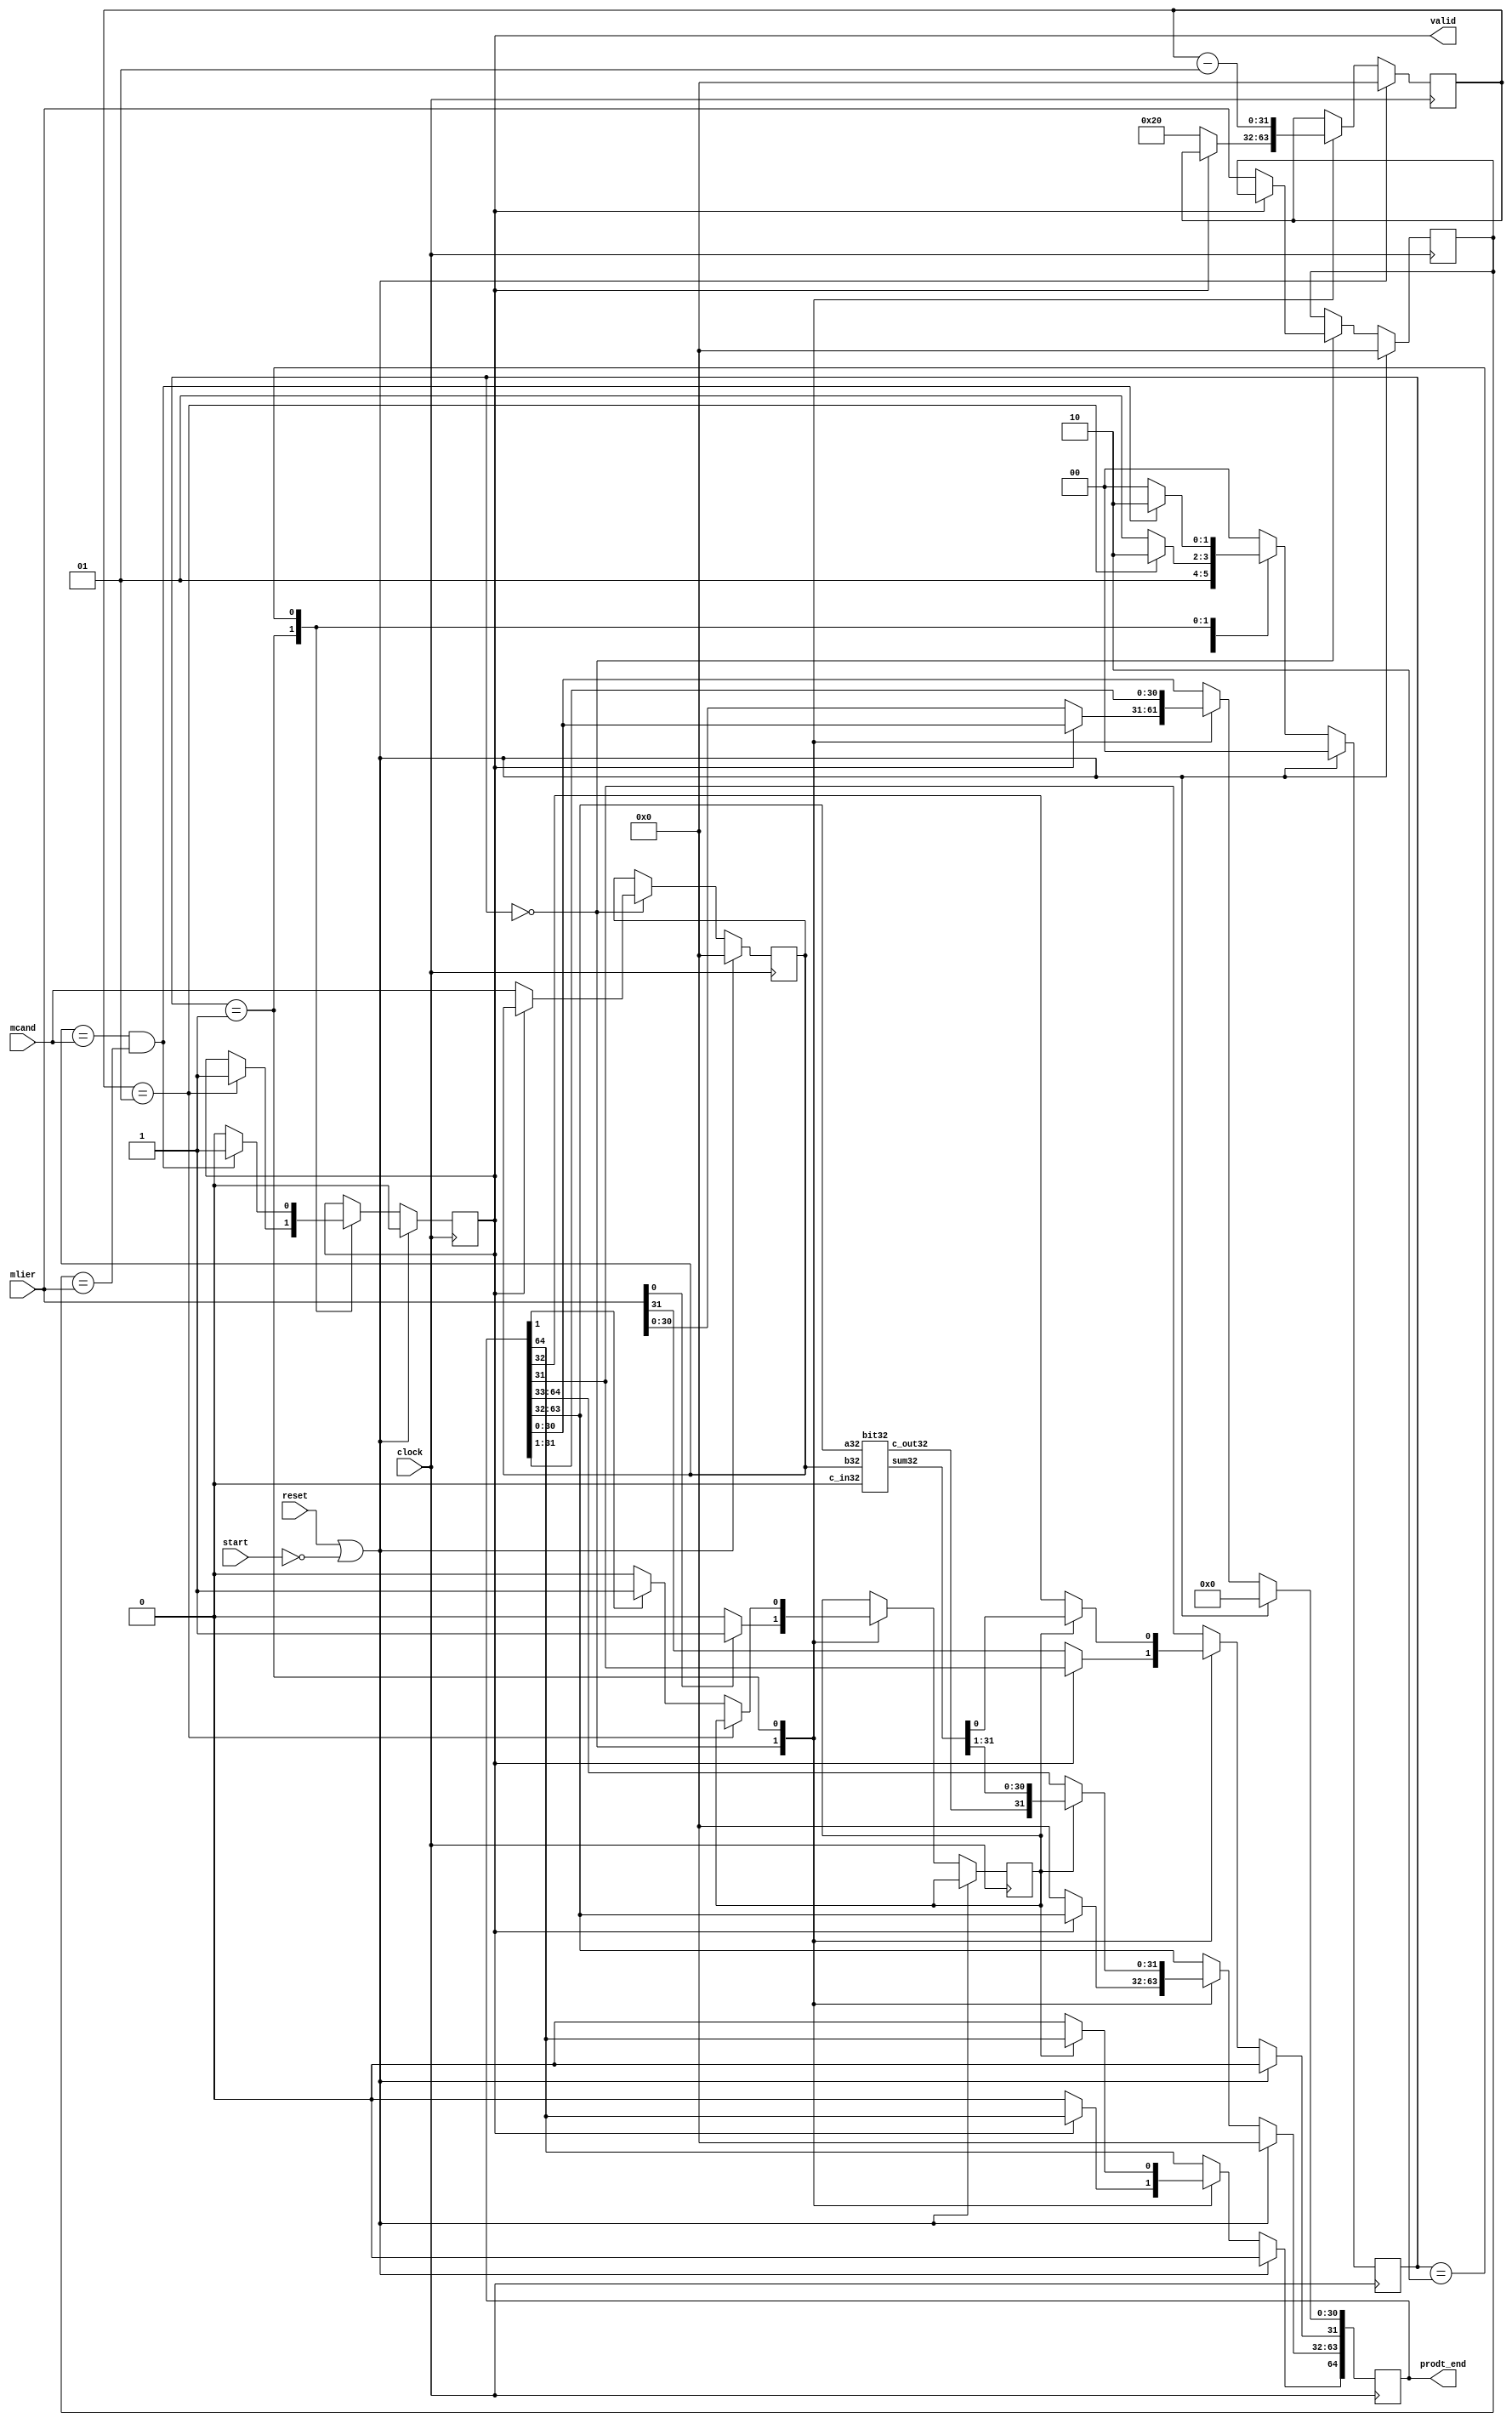
`timescale 1ns/10ps
module seq_adder (clock,start,valid,mlier,mcand,prodt_end,reset);
  input clock,start,reset;
  output valid;
  parameter n=32;
  input [n-1:0] mlier,mcand;
  output [2*n:0] prodt_end;
  reg [2*n:0] prodt_end;
  wire [2*n:0] temp;
  reg [1:0] states;
  reg [n-1:0] a,b;
  reg [n-1:0] register;
  reg c_out,add,shift,valid;
  integer count;
  parameter s0=0,s1=1,s2=2;
  wire [n-1:0] wsum,sumt;
  wire wcout;
  assign sumt=prodt_end[2*n-1:n];
  bit32 Ad32 (sumt[n-1:0],a,wsum,wcout,1'b0);

  assign temp=prodt_end;
  always @(posedge clock)
    begin
      if(reset==1 || start==0)
        begin
                 states<=s0;
                   a<={(n){1'b0}};
                   b<={(n){1'b0}};
                 count<=0;
          prodt_end[2*n:0]<={(2*n+1){1'b0}};
          valid<=0;
        end
      else
        begin
          case (states)

            
            s0: begin
              if (!valid)
                begin
              	prodt_end[2*n:n]<={(n+1){1'b0}};
               	a<=mcand;
               	b<=mlier;
              	count<=n;
              	prodt_end[n-1:0]<=mlier;
                end
              if (mlier[0])
                begin
                states<=s1;
                add<=1;
                  shift<=1;
                  end
              else
                begin
                states<=s1;                
                add<=0;
                  shift<=1;
            end
            end
                  
              s1:begin
                if(add==1)
                  begin
                prodt_end[2*n-1:n-1]<= {wcout,wsum};
                prodt_end[n-2:0]<=temp[n-1:1];
                  end
                else
                  begin
                	prodt_end<={1'b0,temp[2*n:1]};    
                  end
                
                    count<=count-1; 
                
                if (count==1)
                  begin
                  states <= s2;                    
                  valid <=1;
                  end
                else
                  begin
                    if (temp[1])
                    begin
                      states<=s1;
                      add<=1;
                      shift<=1;
                    end
                    else
                      begin
                        states<=s1;
                        add<=0;
                        shift<=1;
                      end
                  end
                
              end
            s2: begin
              if ((a == mcand) && (b==mlier) )
                begin
                  states<=s2;
                  valid<=1;
                end
              else
                begin
                  states<=s0;
                  valid<=0;
                end
            end
                  
              
            default: states<=s0;
          endcase
        end
          
            
       end
endmodule 
/*
module adder8(s,co,a,b,ci);
  input [7:0] a,b;
  output [7:0] s;
  input ci;
  output co;
  assign {co,s}=a+b+ci;
endmodule

*/          
module bit32(a32,b32,sum32,c_out32,c_in32);
  input [31:0] a32,b32;
  input c_in32;
  output [31:0] sum32;
  output c_out32;
  wire [31:0] sum32;
  wire [15:0] s321,s322,s323,s324;
  wire c_out3200,c_out3201,c_out3210,c_out3211;
  wire c_outimm32;
  wire c_out32;
  
  bit16 A321 (s321,c_out3200,a32[15:0],b32[15:0],1'b0);  
  bit16 A322 (s322,c_out3201,a32[15:0],b32[15:0],1'b1);
  bit16 A323 (s323,c_out3210,a32[31:16],b32[31:16],1'b0);
  bit16 A324 (s324,c_out3211,a32[31:16],b32[31:16],1'b1);
  
  assign {c_outimm32, sum32[15:0]} = (~c_in32) ? {c_out3200,s321} : {c_out3201,s322}; 
  assign {c_out32, sum32[31:16]} = (~c_outimm32) ? {c_out3210,s323} : {c_out3211,s324}; 


endmodule

module bit16(sum16,c_out16,a16,b16,c_in16);
  input [15:0] a16,b16;
  input c_in16;
  output [15:0] sum16;
  output c_out16;
  wire [15:0] sum16;
  wire [7:0] s161,s162,s163,s164;
  wire c_out1600,c_out1601,c_out1610,c_out1611;
  wire c_outimm16;
  
  bit8 A161 (s161,c_out1600,a16[7:0],b16[7:0],1'b0);  
  bit8 A162 (s162,c_out1601,a16[7:0],b16[7:0],1'b1);
  bit8 A163 (s163,c_out1610,a16[15:8],b16[15:8],1'b0);
  bit8 A164 (s164,c_out1611,a16[15:8],b16[15:8],1'b1);
  
  assign {c_outimm16, sum16[7:0]} = (~c_in16) ? {c_out1600,s161} : {c_out1601,s162}; 
  assign {c_out16, sum16[15:8]} = (~c_outimm16) ? {c_out1610,s163} : {c_out1611,s164}; 


endmodule

module bit8(sum8,c_out8,a8,b8,c_in8);
  input [7:0] a8,b8;
  input c_in8;
  output [7:0] sum8;
  output c_out8;
  wire [7:0] sum8;
  wire [3:0] s81,s82,s83,s84;
  wire c_out800,c_out801,c_out810,c_out811;
  wire c_outimm8;
  wire c_out8;
  
  bit4 A81 (s81,c_out800,a8[3:0],b8[3:0],1'b0);  
  bit4 A82 (s82,c_out801,a8[3:0],b8[3:0],1'b1);
  bit4 A83 (s83,c_out810,a8[7:4],b8[7:4],1'b0);
  bit4 A84 (s84,c_out811,a8[7:4],b8[7:4],1'b1);
  
  assign {c_outimm8, sum8[3:0]} = (~c_in8) ? {c_out800,s81} : {c_out801,s82}; 
  assign {c_out8, sum8[7:4]} = (~c_outimm8) ? {c_out810,s83} : {c_out811,s84}; 


endmodule


module bit4(sum4,c_out4,a4,b4,c_in4);
  input [3:0] a4,b4;
  input c_in4;
  output [3:0] sum4;
  output c_out4;
  wire [3:0] sum4;
  wire [1:0] s41,s42,s43,s44;
  wire c_out400,c_out401,c_out410,c_out411;
  wire c_outimm4;
  wire c_out4;
  
  bit2 A41 (s41,c_out400,a4[1:0],b4[1:0],1'b0);  
  bit2 A42 (s42,c_out401,a4[1:0],b4[1:0],1'b1);
  bit2 A43 (s43,c_out410,a4[3:2],b4[3:2],1'b0);
  bit2 A44 (s44,c_out411,a4[3:2],b4[3:2],1'b1);
  
  assign {c_outimm4, sum4[1:0]} = (~c_in4) ? {c_out400,s41} : {c_out401,s42}; 
  assign {c_out4, sum4[3:2]} = (~c_outimm4) ? {c_out410,s43} : {c_out411,s44}; 


endmodule
  

module bit2(sum2,c_out2,a2,b2,c_in2);
  input [1:0] a2,b2;
  input c_in2;
  output [1:0] sum2;
  output c_out2;
  wire [1:0] sum2;
  wire s1,s2,s3,s4;
  wire c_out00,c_out01,c_out10,c_out11;
  wire c_outimm;
  wire c_out2;
  
  Add_full A1 (s1,c_out00,a2[0],b2[0],1'b0);  
  Add_full A2 (s2,c_out01,a2[0],b2[0],1'b1);
  Add_full A3 (s3,c_out10,a2[1],b2[1],1'b0);
  Add_full A4 (s4,c_out11,a2[1],b2[1],1'b1);
  
  assign {c_outimm, sum2[0]} = (~c_in2) ? {c_out00,s1} : {c_out01,s2}; 
  assign {c_out2, sum2[1]} = (~c_outimm) ? {c_out10,s3} : {c_out11,s4}; 


endmodule




module Add_full (sum, c_out, a, b, c_in);
  output sum, c_out;
  input a, b, c_in;
  wire w1, w2, w3;
  Add_half M1 (w1, w2, a, b);
  Add_half M2 (sum, w3, w1, c_in);
  or M3 (c_out, w2, w3);
endmodule

module Add_half (sum, c_out, a, b);
  output sum, c_out;
  input a, b;
  xor M1 (sum, a, b);
  and M2 (c_out, a, b);
endmodule